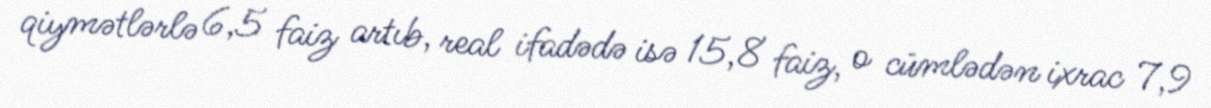
qiymətlərlə 6,5 faiz artıb, real ifadədə isə 15,8 faiz, o cümlədən ixrac 7,9